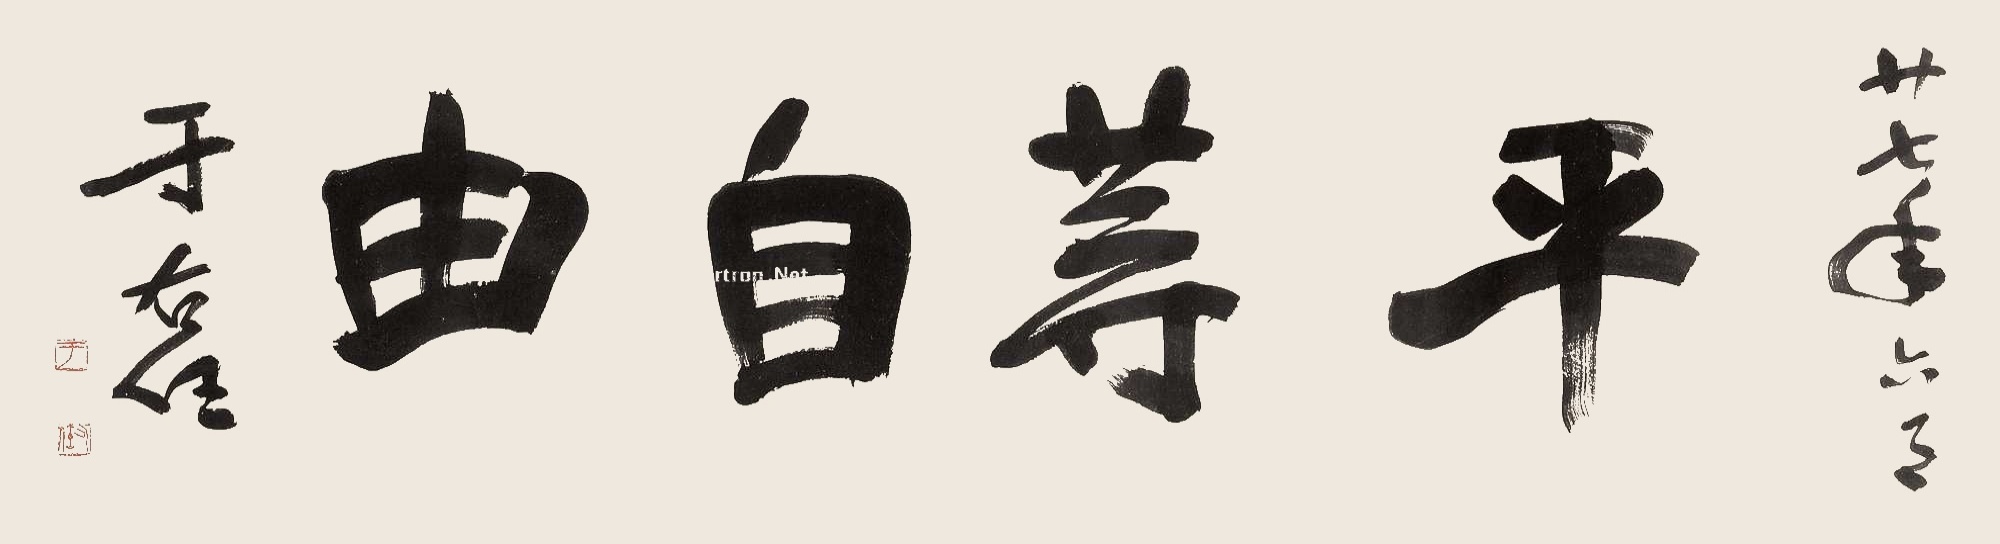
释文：平等自由。二十七年六月，于右任。